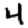
Digit: 4